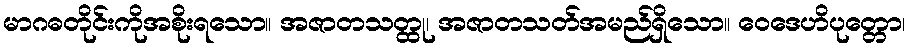
မာဂဓတိုင်းကိုအစိုးရသော။ အဇာတသတ္ထု၊ အဇာတသတ်အမည်ရှိသော။ ဝေဒေဟိပုတ္တော၊